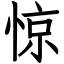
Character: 惊